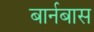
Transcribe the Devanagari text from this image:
बार्नबास